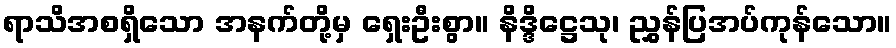
ရာသိအစရှိသော အနက်တို့မှ ရှေးဦးစွာ။ နိဒ္ဒိဋ္ဌေသု၊ ညွှန်ပြအပ်ကုန်သော။